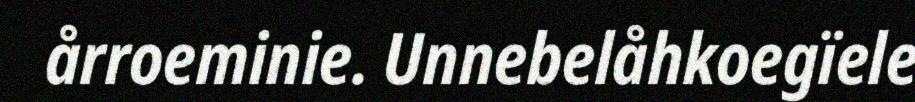
årroeminie. Unnebelåhkoegïele